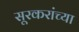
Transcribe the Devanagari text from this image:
सूरकरांच्या